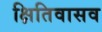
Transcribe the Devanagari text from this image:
क्षितिवासव